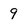
Character: 9